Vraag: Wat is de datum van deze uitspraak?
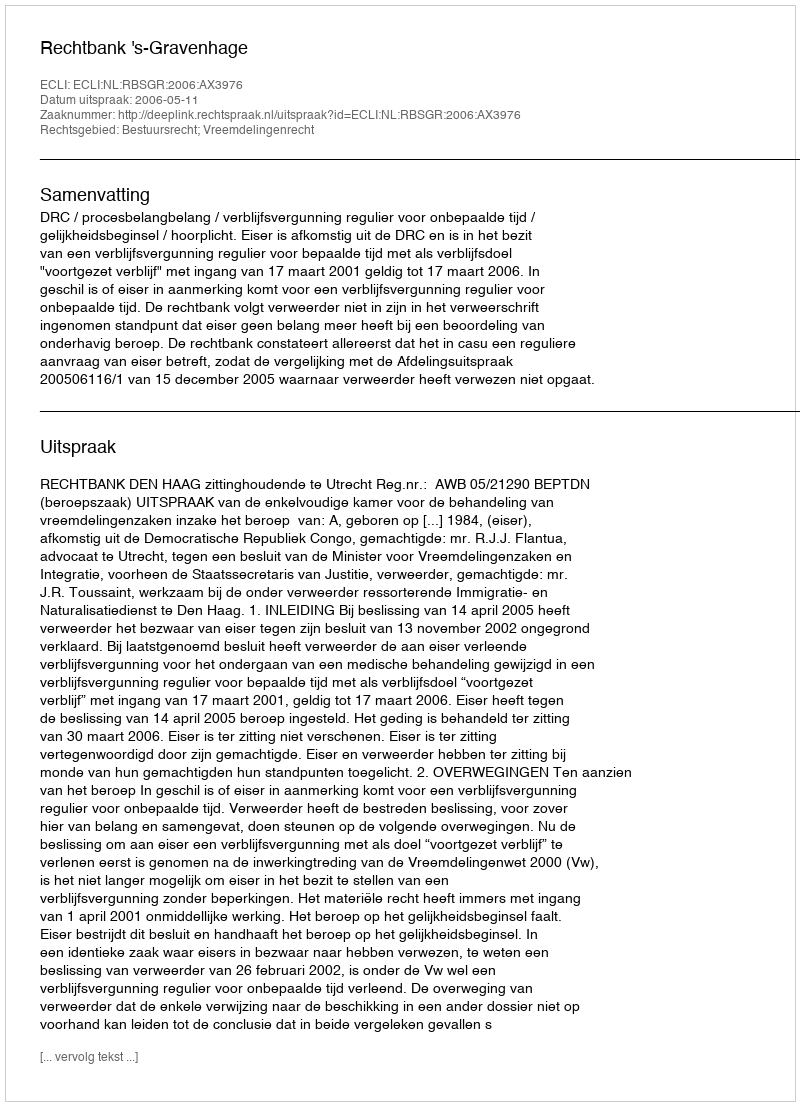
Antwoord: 2006-05-11